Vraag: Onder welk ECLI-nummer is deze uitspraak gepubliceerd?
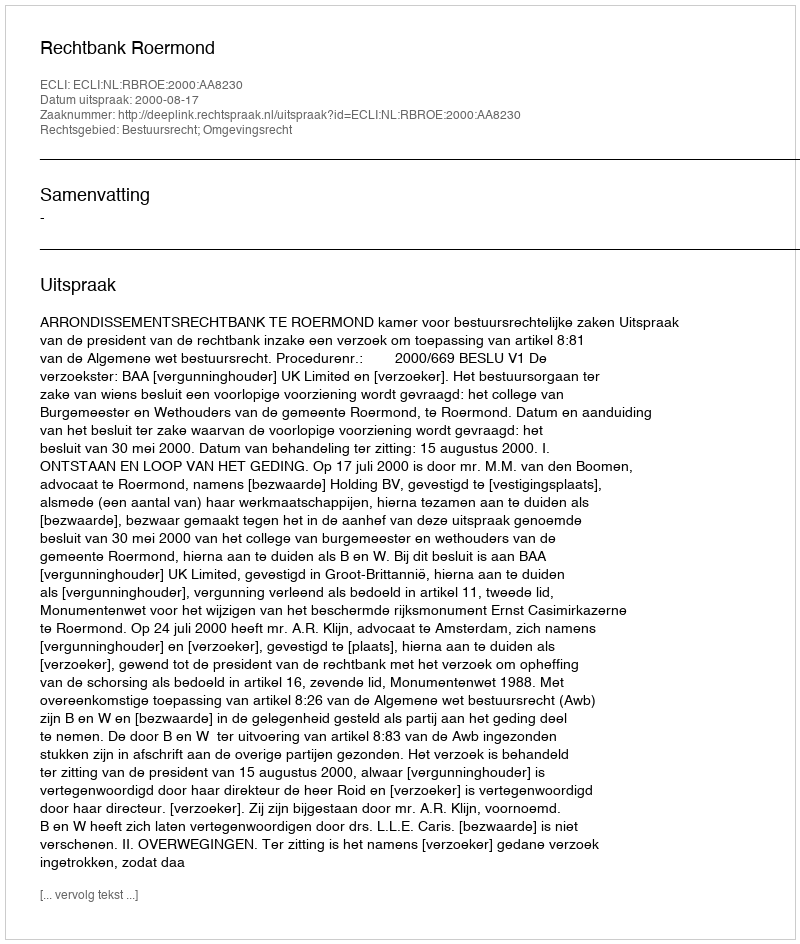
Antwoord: ECLI:NL:RBROE:2000:AA8230